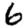
Digit: 6